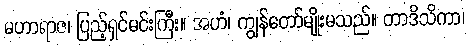
မဟာရာဇ၊ ပြည့်ရှင်မင်းကြီး။ အဟံ၊ ကျွန်တော်မျိုးမသည်။ တာဒိသိကာ၊